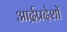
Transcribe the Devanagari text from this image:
आर्द्रप्रदेशों